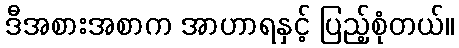
ဒီအစားအစာက အာဟာရနှင့် ပြည့်စုံတယ်။